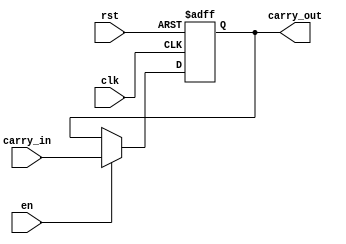
`timescale 1ns / 1ps

module cf(
    input carry_in,
    input clk,
    input rst,
    input en,
    output reg carry_out
    );

    always @(posedge clk, posedge rst) begin
        if (rst == 1'b1) begin
            carry_out = 1'b0;
        end else if (en == 1'b1) begin
            carry_out = carry_in;
        end
    end

endmodule